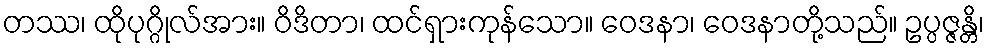
တဿ၊ ထိုပုဂ္ဂိုလ်အား။ ဝိဒိတာ၊ ထင်ရှားကုန်သော။ ဝေဒနာ၊ ဝေဒနာတို့သည်။ ဥပ္ပဇ္ဇန္တိ၊